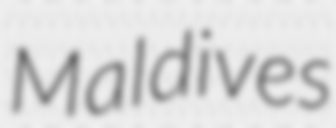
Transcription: Maldives